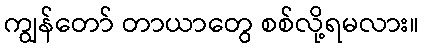
ကျွန်တော် တာယာတွေ စစ်လို့ရမလား။